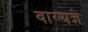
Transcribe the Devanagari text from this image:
वाग्यज्ञे